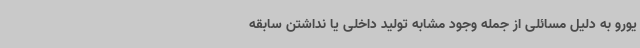
یورو به دلیل مسائلی از جمله وجود مشابه تولید داخلی یا نداشتن سابقه